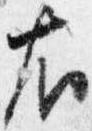
右